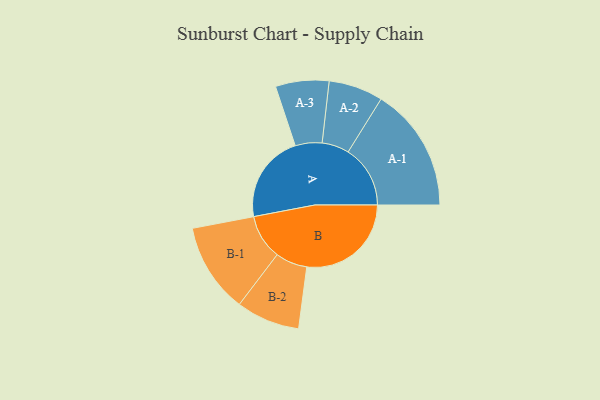
{"axis": {"x": "Segment", "y": "Value"}, "legend": ["", "A", "B"], "data": [{"x": "A", "y": 363, "type": ""}, {"x": "B", "y": 430, "type": ""}, {"x": "A-1", "y": 256, "type": "A"}, {"x": "A-2", "y": 112, "type": "A"}, {"x": "A-3", "y": 110, "type": "A"}, {"x": "B-1", "y": 185, "type": "B"}, {"x": "B-2", "y": 131, "type": "B"}]}